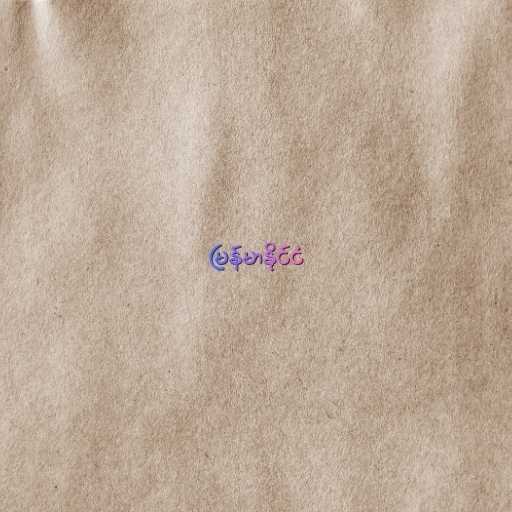
မြန်မာနိုင်ငံ